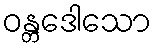
ဝန္တဒေါသော